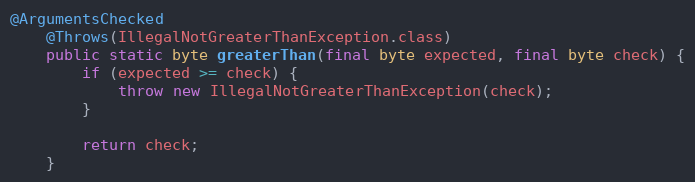
Language: Java
@ArgumentsChecked
	@Throws(IllegalNotGreaterThanException.class)
	public static byte greaterThan(final byte expected, final byte check) {
		if (expected >= check) {
			throw new IllegalNotGreaterThanException(check);
		}

		return check;
	}